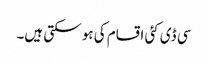
سی ڈی کئی اقسام کی ہو سکتی ہیں۔